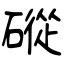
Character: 磫